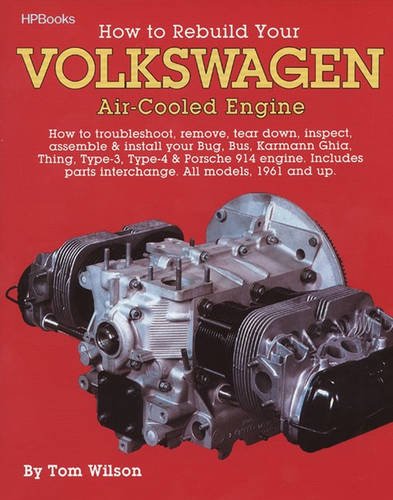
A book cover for How to Rebuild Your Volkswagen air-Cooled Engine (All models, 1961 and up); Tom Wilson; Engineering & Transportation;